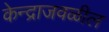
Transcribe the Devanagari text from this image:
केन्द्राजवळील